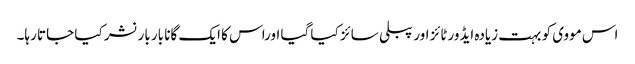
اس مووی کو بہت زیادہ ایڈورٹائز اور پبلی سائز کیا گیا اوراس کا ایک گانا بار بار نشر کیا جاتا رہا۔